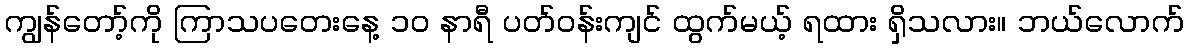
ကျွန်တော့်ကို ကြာသပတေးနေ့ ၁၀ နာရီ ပတ်ဝန်းကျင် ထွက်မယ့် ရထား ရှိသလား။ ဘယ်လောက်